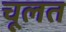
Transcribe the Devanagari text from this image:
चूलत